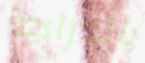
بالدراجة